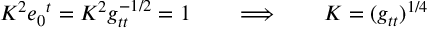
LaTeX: K ^ { 2 } e _ { 0 } { } ^ { t } = K ^ { 2 } g _ { t t } ^ { - 1 / 2 } = 1 \qquad \Longrightarrow \qquad K = ( g _ { t t } ) ^ { 1 / 4 }